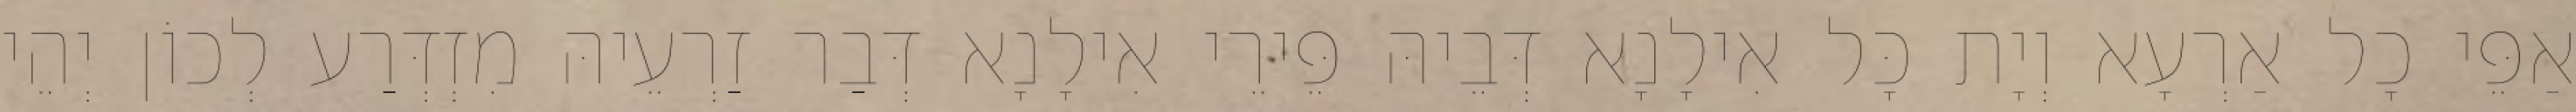
אַפֵּי כָל אַרְעָא וְיָת כָּל אִילָנָא דְּבֵיהּ פֵּירֵי אִילָנָא דְּבַר זַרְעֵיהּ מִזְדְּרַע לְכוֹן יְהֵי